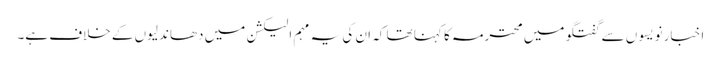
اخبار نویسوں سے گفتگو میں محترمہ کا کہنا تھا کہ ان کی یہ مہم الیکشن میں دھاندلیوں کے خلاف ہے۔